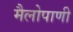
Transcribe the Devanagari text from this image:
मैलोपाणी